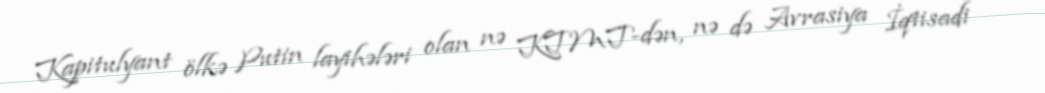
Kapitulyant ölkə Putin layihələri olan nə KTMT-dən, nə də Avrasiya İqtisadi